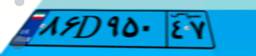
۸۶D۹۵۰۴۷